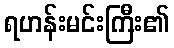
ရဟန်းမင်းကြီး၏